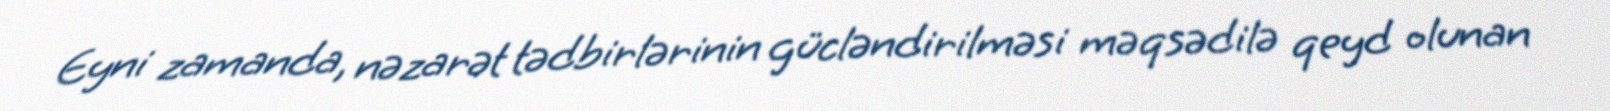
Eyni zamanda, nəzarət tədbirlərinin gücləndirilməsi məqsədilə qeyd olunan